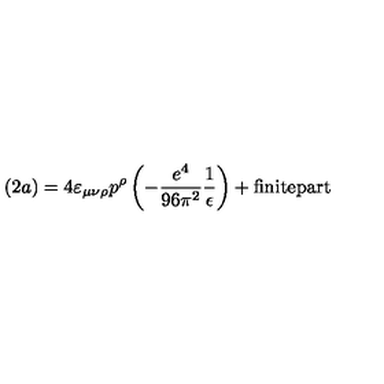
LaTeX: ( 2 a ) = 4 \varepsilon _ { \mu \nu \rho } p ^ { \rho } \left( - \frac { e ^ { 4 } } { 9 6 \pi ^ { 2 } } \frac { 1 } { \epsilon } \right) + \mathrm { f i n i t e p a r t }